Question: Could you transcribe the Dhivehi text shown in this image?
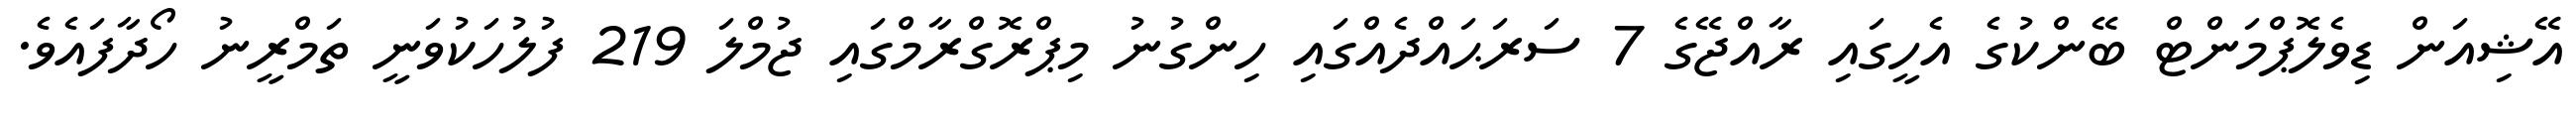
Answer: އޭޝިއަން ޑިވެލޮޕްމަންޓް ބޭންކުގެ އެހީގައި ރާއްޖޭގެ 7 ސަރަޙައްދެއްގައި ހިންގުނު މިޕްރޮގްރާމްގައި ޖުމްލަ 219 ފުލުހަކުވަނީ ތަމްރީނު ހޯދާފައެވެ.